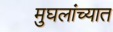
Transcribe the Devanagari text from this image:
मुघलांच्यात